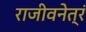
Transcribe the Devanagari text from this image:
राजीवनेत्रं